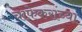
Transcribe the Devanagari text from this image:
चाफेकरांच्या